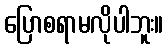
ပြောစရာမလိုပါဘူး။